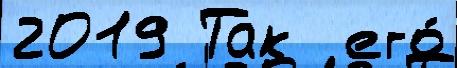
2019 Так  его́